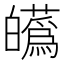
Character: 𤾸